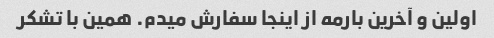
اولین و آخرین بارمه از اینجا سفارش میدم. همین با تشکر